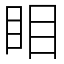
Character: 䀠